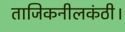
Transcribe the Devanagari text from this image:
ताजिकनीलकंठी।